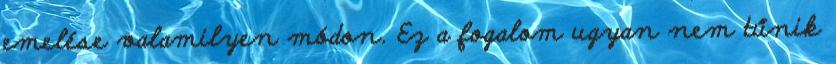
emelése valamilyen módon. Ez a fogalom ugyan nem tűnik